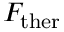
F _ { \mathrm { t h e r } }